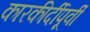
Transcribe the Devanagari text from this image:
कारकीर्दीपूर्वी